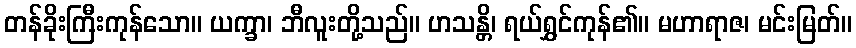
တန်ခိုးကြီးကုန်သော။ ယက္ခာ၊ ဘီလူးတို့သည်။ ဟသန္တိ၊ ရယ်ရွှင်ကုန်၏။ မဟာရာဇ၊ မင်းမြတ်။